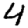
Digit: 4